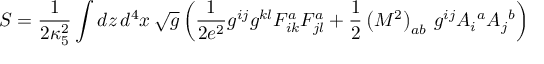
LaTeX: S = \frac { 1 } { 2 \kappa _ { 5 } ^ { 2 } } \int d z \, d ^ { 4 } x \, \sqrt { g } \left( \frac { 1 } { 2 e ^ { 2 } } g ^ { i j } g ^ { k l } F _ { i k } ^ { a } F _ { j l } ^ { a } + \frac { 1 } { 2 } \left( { \cal M } ^ { 2 } \right) _ { a b } \, g ^ { i j } A _ { i } { } ^ { a } A _ { j } { } ^ { b } \right)